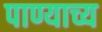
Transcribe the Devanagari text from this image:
पाण्याच्य